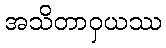
အသိတာဝှယဿ